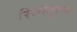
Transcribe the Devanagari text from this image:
रिजोलूशंस